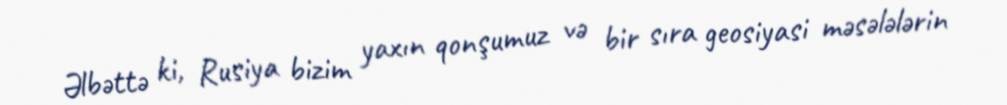
Əlbəttə ki, Rusiya bizim yaxın qonşumuz və bir sıra geosiyasi məsələlərin